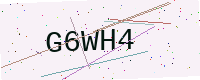
Text: G6WH4